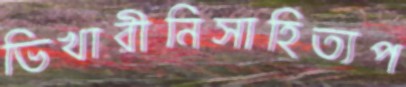
ভিখারীনিসাহিত্যপ